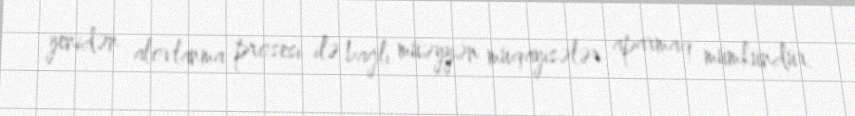
yenidən alovlanma prosesi ilə bağlı müəyyən müqayisələr aparmaq mümkündür.